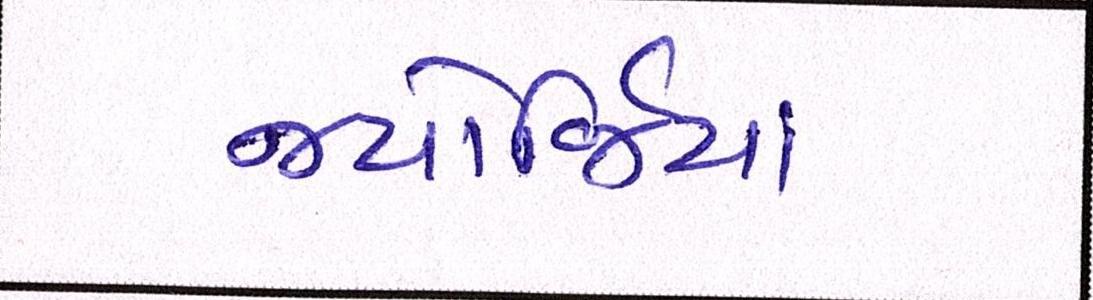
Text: જ્યોર્જિયાં